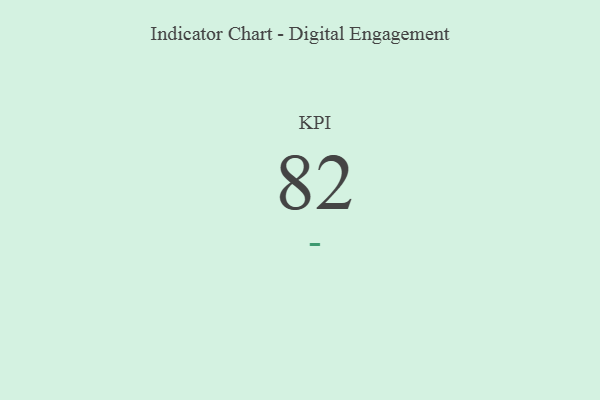
{"axis": {"x": "KPI", "y": "Value"}, "legend": [""], "data": [{"x": "KPI", "y": 82, "type": ""}]}